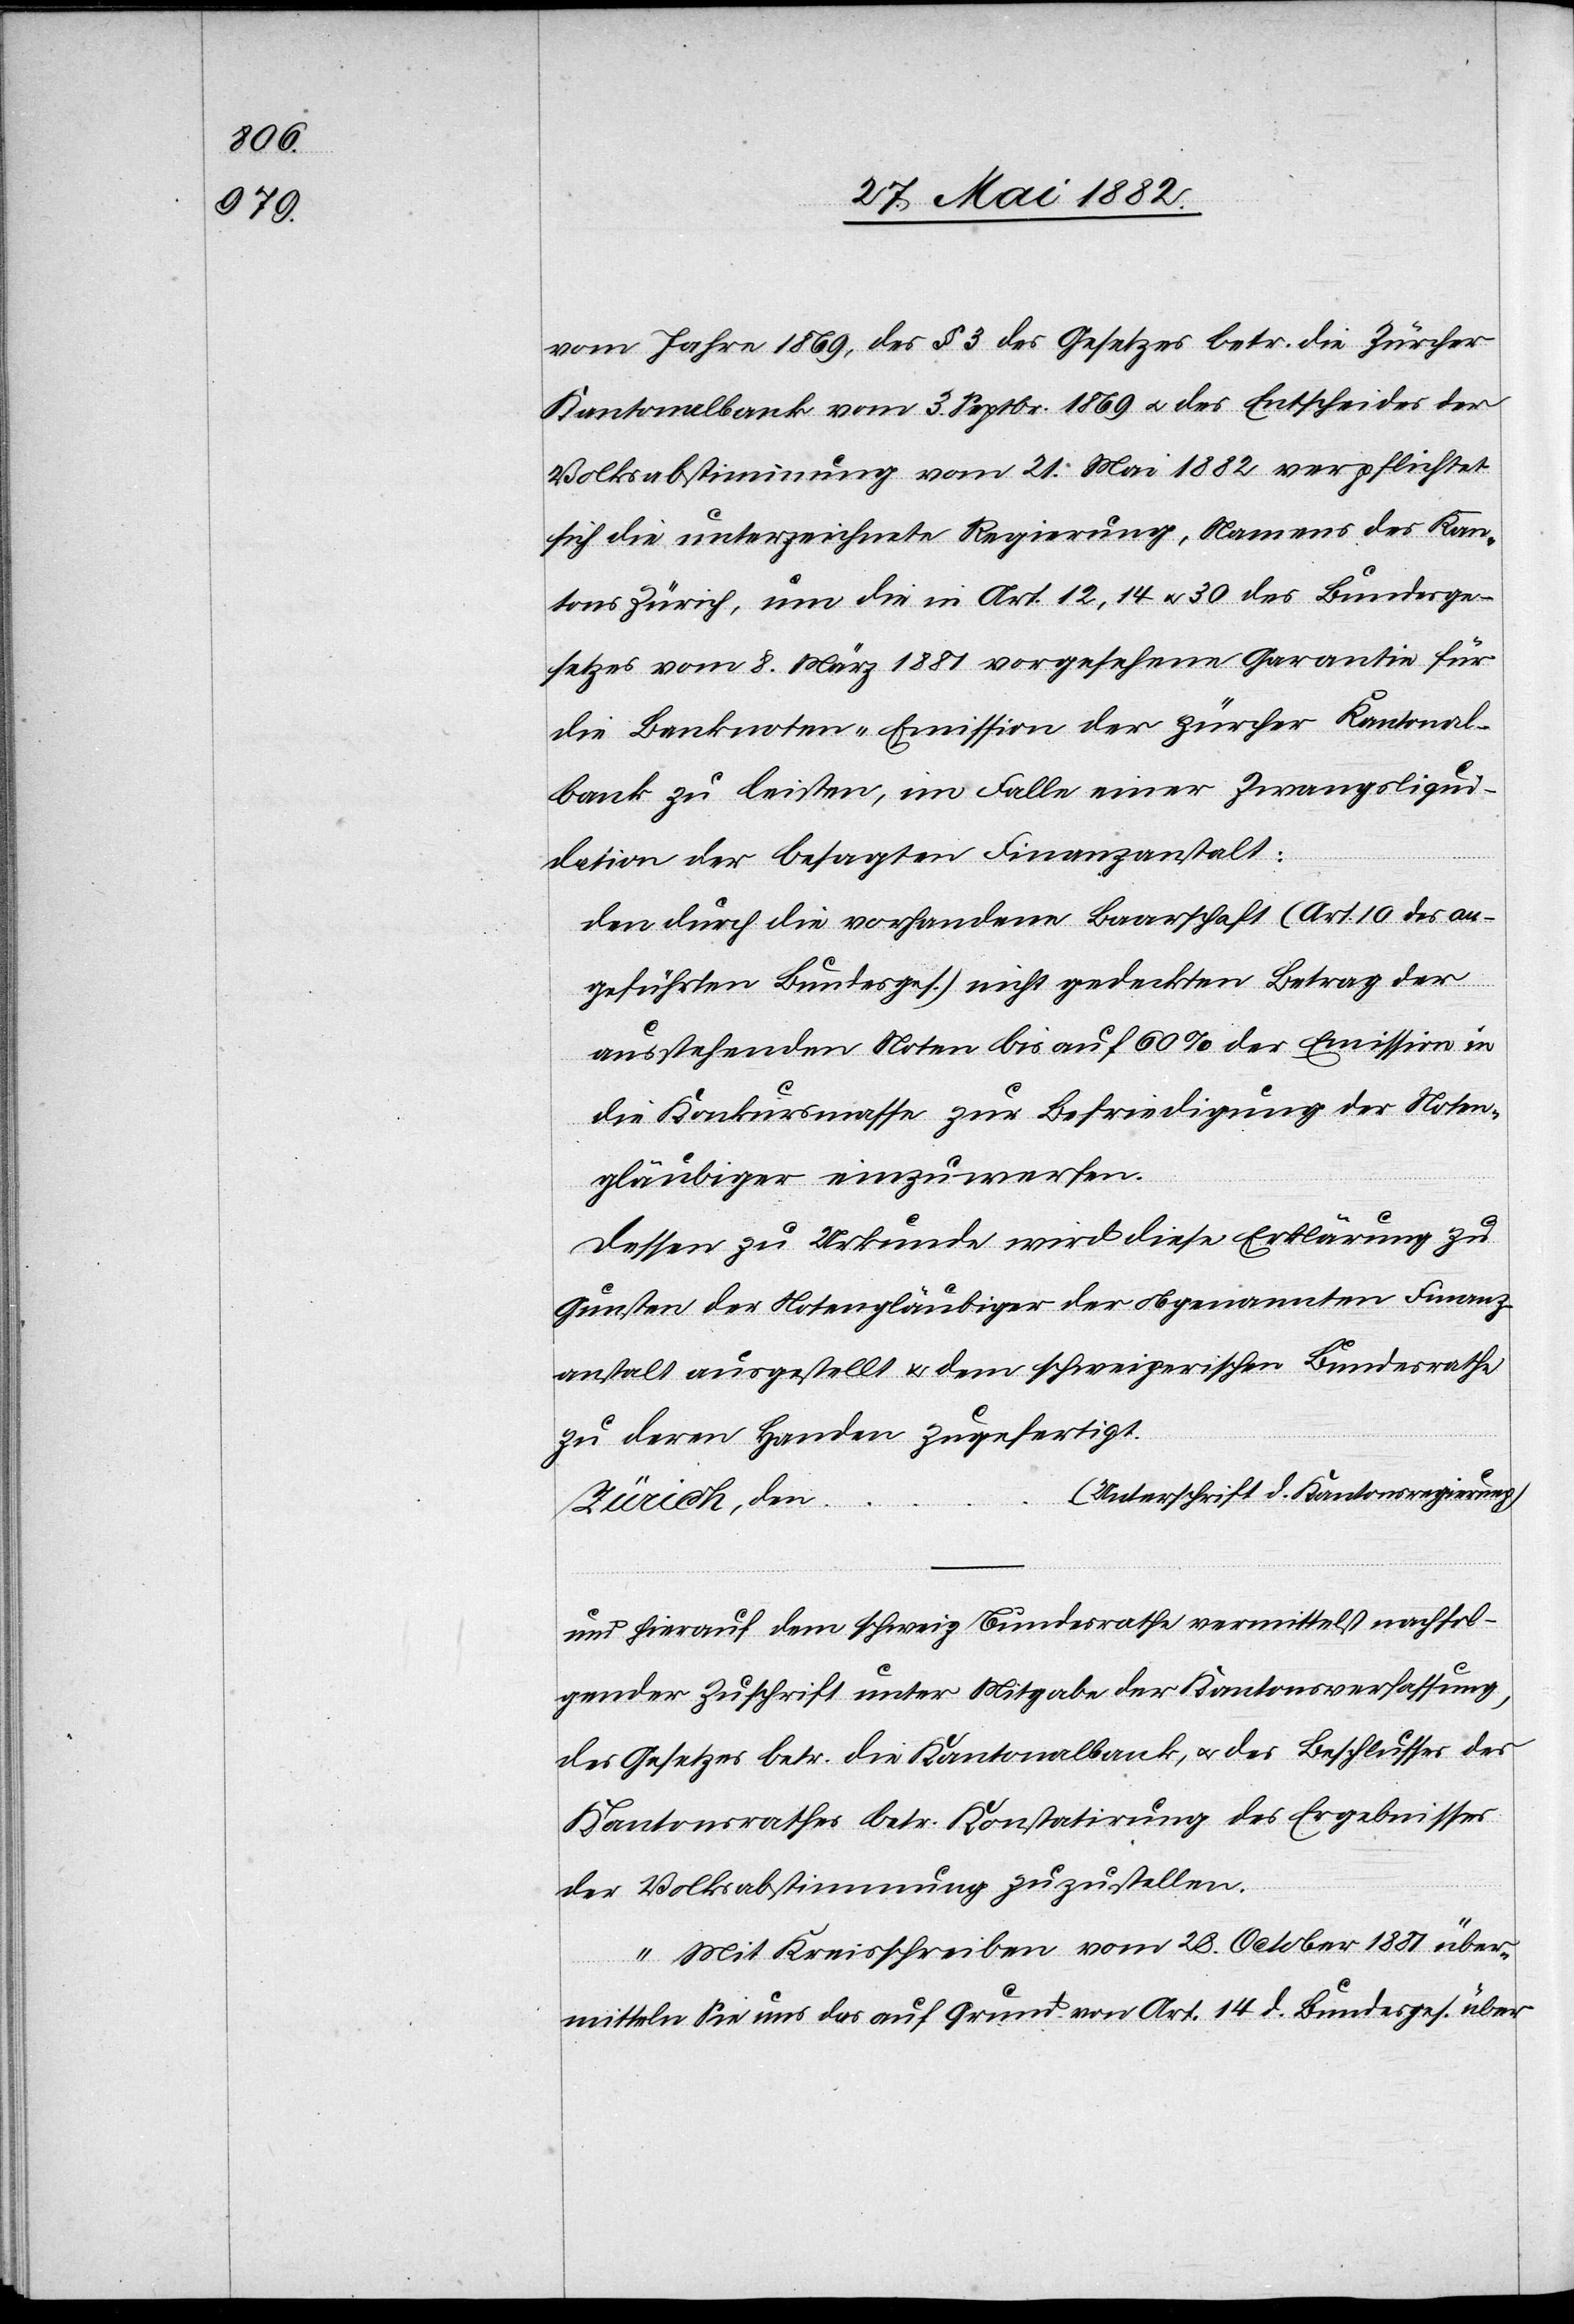
vom Jahre 1869, des § 3 des Gesetzes betr. die Zürcher
Kantonalbank vom 3. Septbr. 1869 u. des Entscheides der
Volksabstimmung vom 21. Mai 1882 verpflichtet
sich die unterzeichnete Regierung, Namens des Kan¬
tons Zürich, um die in Art. 12, 14 u. 30 des Bundesge¬
setzes vom 8. März 1881 vorgesehene Garantie für
die Banknoten-Emission der Zürcher Kantonal¬
bank zu leisten, im Falle einer Zwangsliqui¬
dation der besagten Finanzanstalt:
Den durch die vorhandene Baarschaft (Art. 10 des an¬
geführten Bundesges.) nicht gedeckten Betrag der
ausstehenden Noten bis auf 60% der Emission in
der Konkursmasse zur Befriedigung der Noten¬
gläubiger einzuwerfen.
Dessen zu Urkunde wird diese Erklärung zu
Gunsten der Notengläubiger der obgenannten Finanz¬
anstalt ausgestellt & dem schweizerischen Bundesrathe
zu deren Handen zugefertigt.
(Unterschrift d. Kantonsregierung)
Zürich, den …
und hierauf dem schweiz. Bundesrathe vermittelst nachfol¬
gender Zuschrift unter Mitgabe der Kantonsverfassung,
des Gesetzes betr. die Kantonalbank, u. des Beschlusses des
Kantonsrathes betr. Konstatirung des Ergebnisses
der Volksabstimmung zuzustellen.
„Mit Kreisschreiben vom 28. October 1881 über¬
mitteln Sie uns das auf Grund von Art. 14 d. Bundesges. über